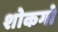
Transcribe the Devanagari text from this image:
शोकगो